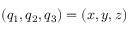
( q _ { 1 } , q _ { 2 } , q _ { 3 } ) = ( x , y , z )